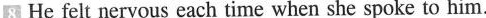
8 He felt nervous each time when she spoke to him.